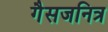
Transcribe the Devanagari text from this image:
गैसजनित्र